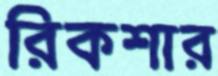
রিকশার